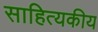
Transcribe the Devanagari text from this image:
साहित्यकीय